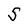
Character: S